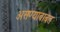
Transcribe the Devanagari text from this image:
असण्याबाबत